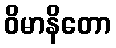
ဝိမာနိတော